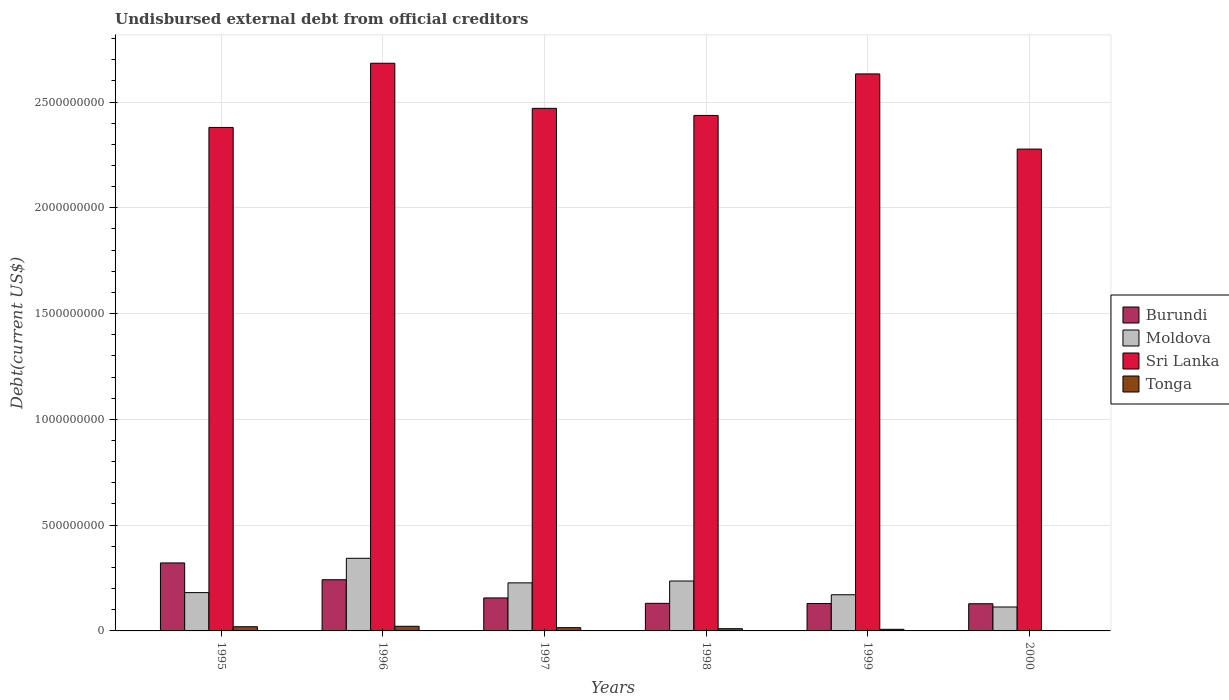
| Years | Burundi | Moldova | Sri Lanka | Tonga |
 | --- | --- | --- | --- | --- |
 | 1995 | 3.21e+08 | 1.81e+08 | 2.38e+09 | 1.98e+07 |
 | 1996 | 2.42e+08 | 3.43e+08 | 2.68e+09 | 2.19e+07 |
 | 1997 | 1.56e+08 | 2.27e+08 | 2.47e+09 | 1.54e+07 |
 | 1998 | 1.3e+08 | 2.36e+08 | 2.44e+09 | 1.05e+07 |
 | 1999 | 1.29e+08 | 1.71e+08 | 2.63e+09 | 7.56e+06 |
 | 2000 | 1.28e+08 | 1.13e+08 | 2.28e+09 | 1.98e+06 |